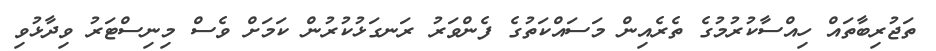
ތަޖުރިބާތައް ހިއްސާކުރުމުގެ ތެރެއިން މަސައްކަތުގެ ފެންވަރު ރަނގަޅުކުރުން ކަމަށް ވެސް މިނިސްޓަރު ވިދާޅުވި